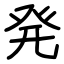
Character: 発